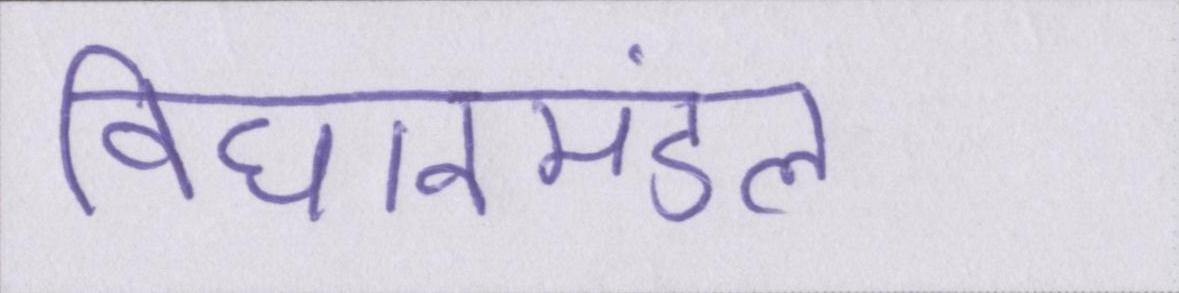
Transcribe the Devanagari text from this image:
विधानमंडल